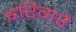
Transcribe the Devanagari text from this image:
इरिगरे